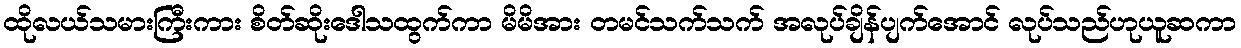
ထိုလယ်သမားကြီးကား စိတ်ဆိုးဒေါသထွက်ကာ မိမိအား တမင်သက်သက် အလုပ်ချိန်ပျက်အောင် လုပ်သည်ဟုယူဆကာ